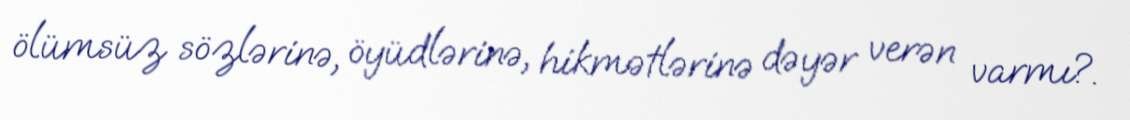
ölümsüz sözlərinə, öyüdlərinə, hikmətlərinə dəyər verən varmı?.